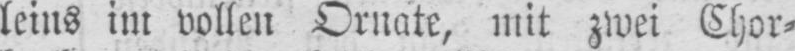
leins im vollen Ornate, mit zwei Chor⸗